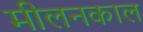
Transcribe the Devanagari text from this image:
मीलनकाल